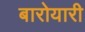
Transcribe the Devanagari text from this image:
बारोयारी